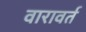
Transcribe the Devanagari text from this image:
वारावर्त